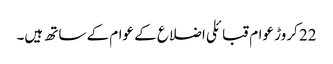
22 کروڑ عوام قبائلی اضلاع کے عوام کے ساتھ ہیں۔